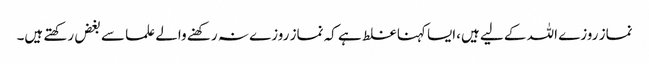
نماز روزے اللہ کے لیے ہیں،ایسا کہنا غلط ہے کہ نماز روزے نہ رکھنے والے علما سے بغض رکھتے ہیں۔